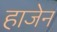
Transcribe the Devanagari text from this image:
हाजेन